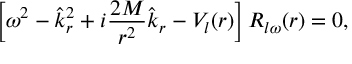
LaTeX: \left[ \omega ^ { 2 } - \hat { k } _ { r } ^ { 2 } + i { \frac { 2 M } { r ^ { 2 } } } \hat { k } _ { r } - V _ { l } ( r ) \right] R _ { l \omega } ( r ) = 0 ,